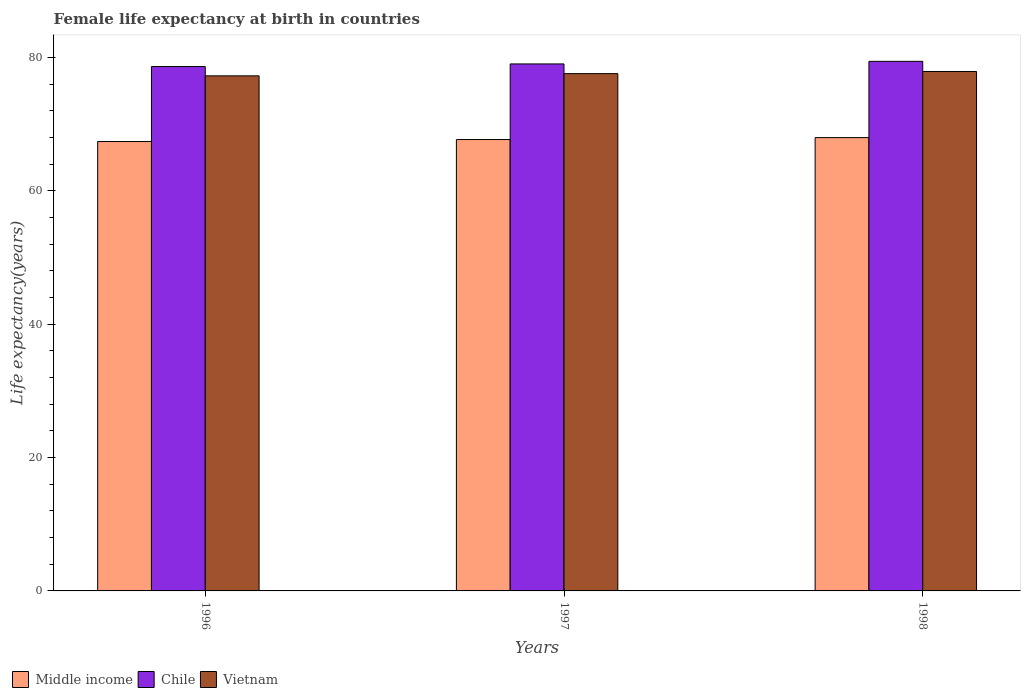
| Years | Middle income | Chile | Vietnam |
 | --- | --- | --- | --- |
 | 1996 | 67.4 | 78.6 | 77.2 |
 | 1997 | 67.7 | 79 | 77.6 |
 | 1998 | 68 | 79.4 | 77.9 |